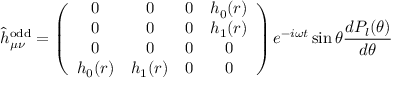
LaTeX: \hat { h } _ { \mu \nu } ^ { \mathrm { o d d } } = \left( \begin{array} { c c c c } { { 0 } } & { { 0 } } & { { 0 } } & { { h _ { 0 } ( r ) } } \\ { { 0 } } & { { 0 } } & { { 0 } } & { { h _ { 1 } ( r ) } } \\ { { 0 } } & { { 0 } } & { { 0 } } & { { 0 } } \\ { { h _ { 0 } ( r ) } } & { { h _ { 1 } ( r ) } } & { { 0 } } & { { 0 } } \end{array} \right) e ^ { - i \omega t } \sin \theta { \frac { d P _ { l } ( \theta ) } { d \theta } }